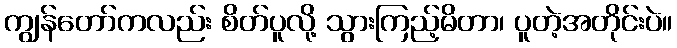
ကျွန်တော်ကလည်း စိတ်ပူလို့ သွားကြည့်မိတာ၊ ပူတဲ့အတိုင်းပဲ။